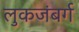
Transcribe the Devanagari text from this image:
लुकजंबर्ग